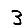
Digit: 3